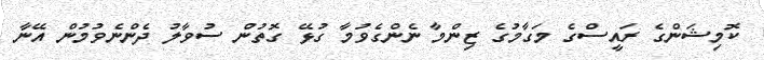
ކޮމިޝަންގެ ރައީސްގެ މަގާމުގެ ޒިންމާ ނެންގެވުމާ ގުޅޭ ގޮތުން ސުވާލު ދެންނެވުމުން އޭނާ